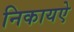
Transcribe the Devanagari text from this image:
निकायऐ